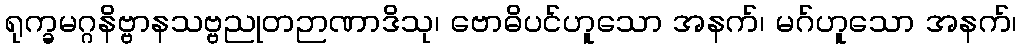
ရုက္ခမဂ္ဂနိဗ္ဗာနသဗ္ဗညုတဉာဏာဒိသု၊ ဗောဓိပင်ဟူသော အနက်၊ မဂ်ဟူသော အနက်၊